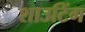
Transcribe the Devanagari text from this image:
शाउटिंग